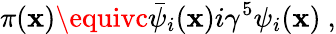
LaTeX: \pi(\mathbf{x})\equivc\bar{{\psi}}_{i}(\mathbf{x})i\gamma^{5}\psi_{i}(\mathbf{x})~,